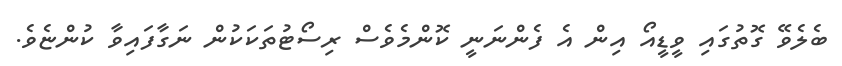
ބެލެވޭ ގޮތުގައި ވީޑީއޯ އިން އެ ފެންނަނީ ކޮންމެވެސް ރިސޯޓުތަކަކުން ނަގާފައިވާ ކުންޏެވެ.